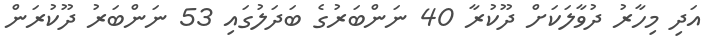
އަދި މިހާރު ދުވާލަކަށް ދޫކުރާ 40 ނަންބަރުގެ ބަދަލުގައި 53 ނަންބަރު ދޫކުރަން